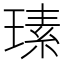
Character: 𤨄